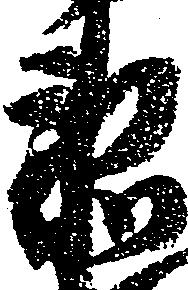
衛